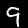
Label: 9